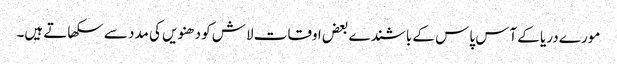
مورے دریا کے آس پاس کے باشندے بعض اوقات لاش کو دھنویں کی مدد سے سکھاتے ہیں۔